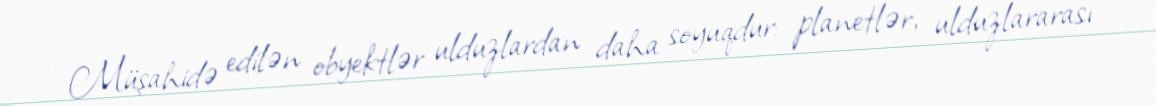
Müşahidə edilən obyektlər ulduzlardan daha soyuqdur: planetlər, ulduzlararası